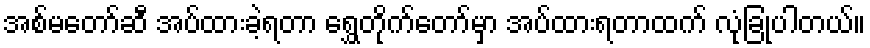
အစ်မတော်ဆီ အပ်ထားခဲ့ရတာ ရွှေတိုက်တော်မှာ အပ်ထားရတာထက် လုံခြုံပါတယ်။